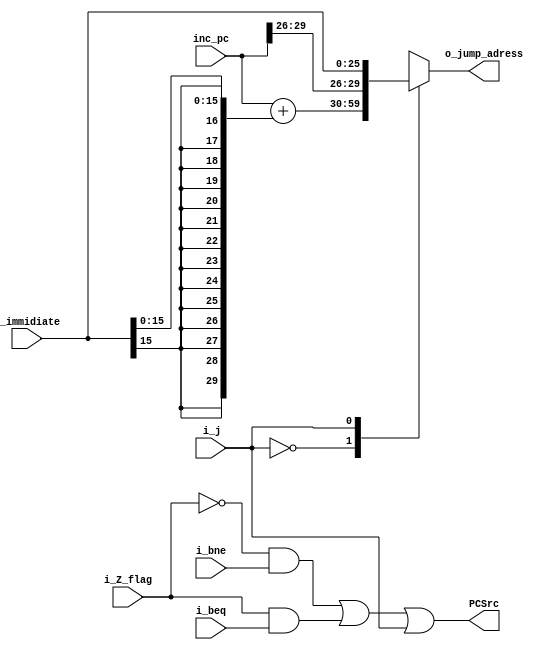
module next_pc(
input [29:0] inc_pc,
input 		 i_j,
input			 i_bne,
input			 i_beq,
input 		 i_Z_flag,
input [25:0] i_immidiate,
output reg[29:0] o_jump_adress,
output 	 	 PCSrc
					);

wire [29:0] i_jump_adress;
wire [29:0] immidiate = {{(14){i_immidiate[15]}},i_immidiate[15:0]};
assign i_jump_adress = {inc_pc[29:26],i_immidiate};


always @*begin
	casez(i_j)
		0 : begin
			o_jump_adress = (inc_pc + immidiate);
			end
		1 : begin
			  o_jump_adress = i_jump_adress;
			end
	endcase		
end
 
assign PCSrc = (~i_Z_flag & i_bne)|(i_Z_flag & i_beq)| i_j;

endmodule